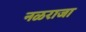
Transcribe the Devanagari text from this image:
नळराजा